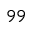
9 9